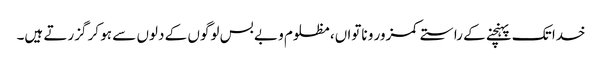
خدا تک پہنچنے کے راستے کمزور و ناتواں، مظلوم و بے بس لوگوں کے دلوں سے ہو کر گزرتے ہیں۔